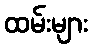
ထမ်းများ